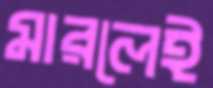
মারলেই